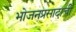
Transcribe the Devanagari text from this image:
भोजनप्रसादाची